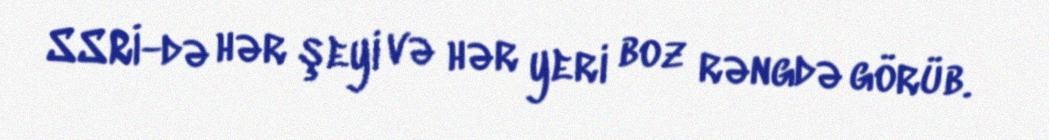
SSRİ-də hər şeyi və hər yeri boz rəngdə görüb.